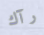
رآك